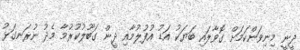
ދީނީ މިނިވަންކަމަށް ގޮވާލައި ބަޔަކު އަޑު އުފުލުމާއި ދީން ގަބޫލުކުރުމާ މެދު ނުރަނގަޅު